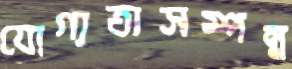
যোগ্যতাসম্পন্ন